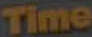
Time